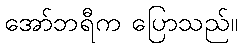
အော်ဘရီက ပြောသည်။